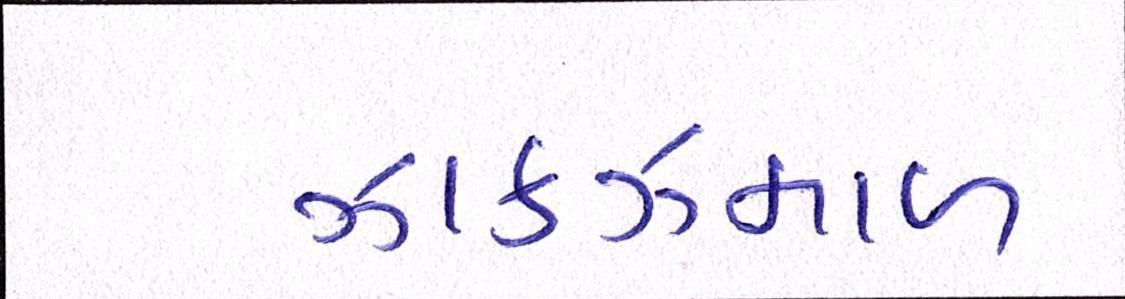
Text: ઝાકઝમાળ